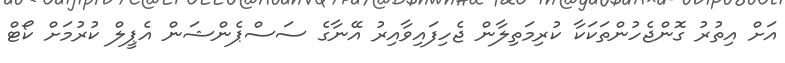
އަށް އިތުރު ގޮންޖެހުންތަކަކާ ކުރިމަތިލާން ޖެހިފައިވާއިރު އޭނާގެ ސަސްޕެންޝަން އެޕީލް ކުރުމަށް ކޯޓް